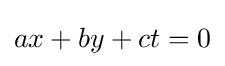
ax+by+ct=0